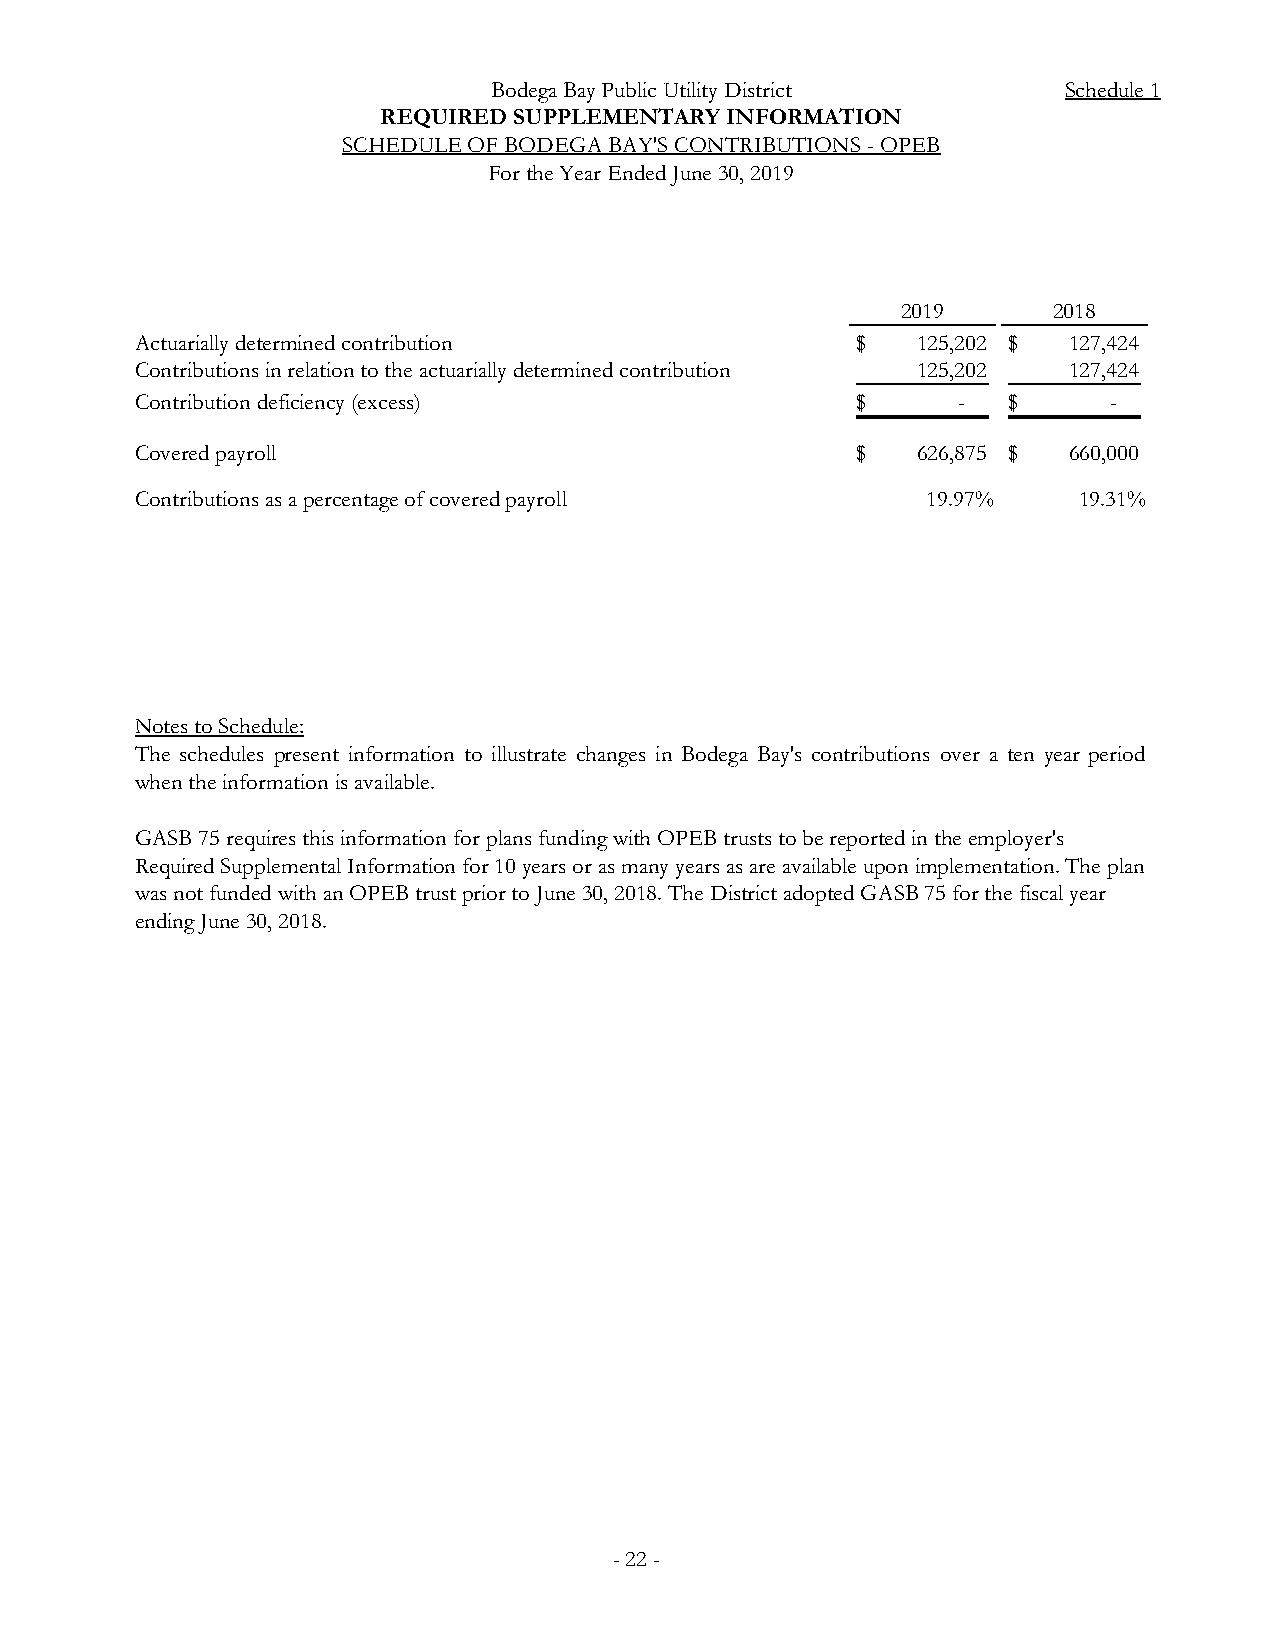
Bodega Bay Public Utility District    Schedule 1
 REQUIRED SUPPLEMENTARY INFORMATION
 SCHEDULE OF BODEGA BAY'S CONTRIBUTIONS - OPEB
 For the Year Ended June 30, 2019
 2019      2018
 Actuarially determined contribution             $   125,202 $ 127,424
 Contributions in relation to the actuarially determined contribution 125,202 127,424
 Contribution deficiency (excess)                $     -   $     -
 Covered payroll                                 $   626,875 $ 660,000
 Contributions as a percentage of covered payroll    19.97%    19.31%
 Notes to Schedule:
 The schedules present information to illustrate changes in Bodega Bay's contributions over a ten year period
 when the information is available.
 GASB 75 requires this information for plans funding with OPEB trusts to be reported in the employer's
 Required Supplemental Information for 10 years or as many years as are available upon implementation. The plan
 was not funded with an OPEB trust prior to June 30, 2018. The District adopted GASB 75 for the fiscal year
 ending June 30, 2018.
 - 22 -